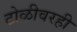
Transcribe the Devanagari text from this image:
टोळीवरही